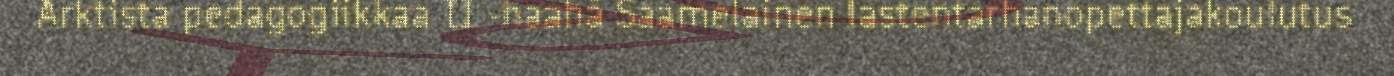
Arktista pedagogiikkaa II -haahâ Saamelainen lastentarhanopettajakoulutus